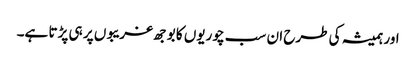
اور ہمیشہ کی طرح ان سب چوریوں کا بوجھ غریبوں پر ہی پڑتا ہے۔